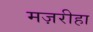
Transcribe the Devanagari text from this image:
मज़रीहा